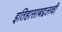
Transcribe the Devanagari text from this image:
इतिहासाबद्दलची